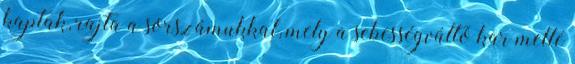
kaptak, rajta a sorszámukkal, mely a sebességváltó kar mellé